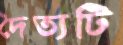
দৈত্যটি